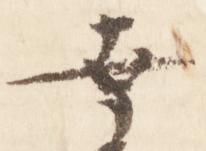
幸